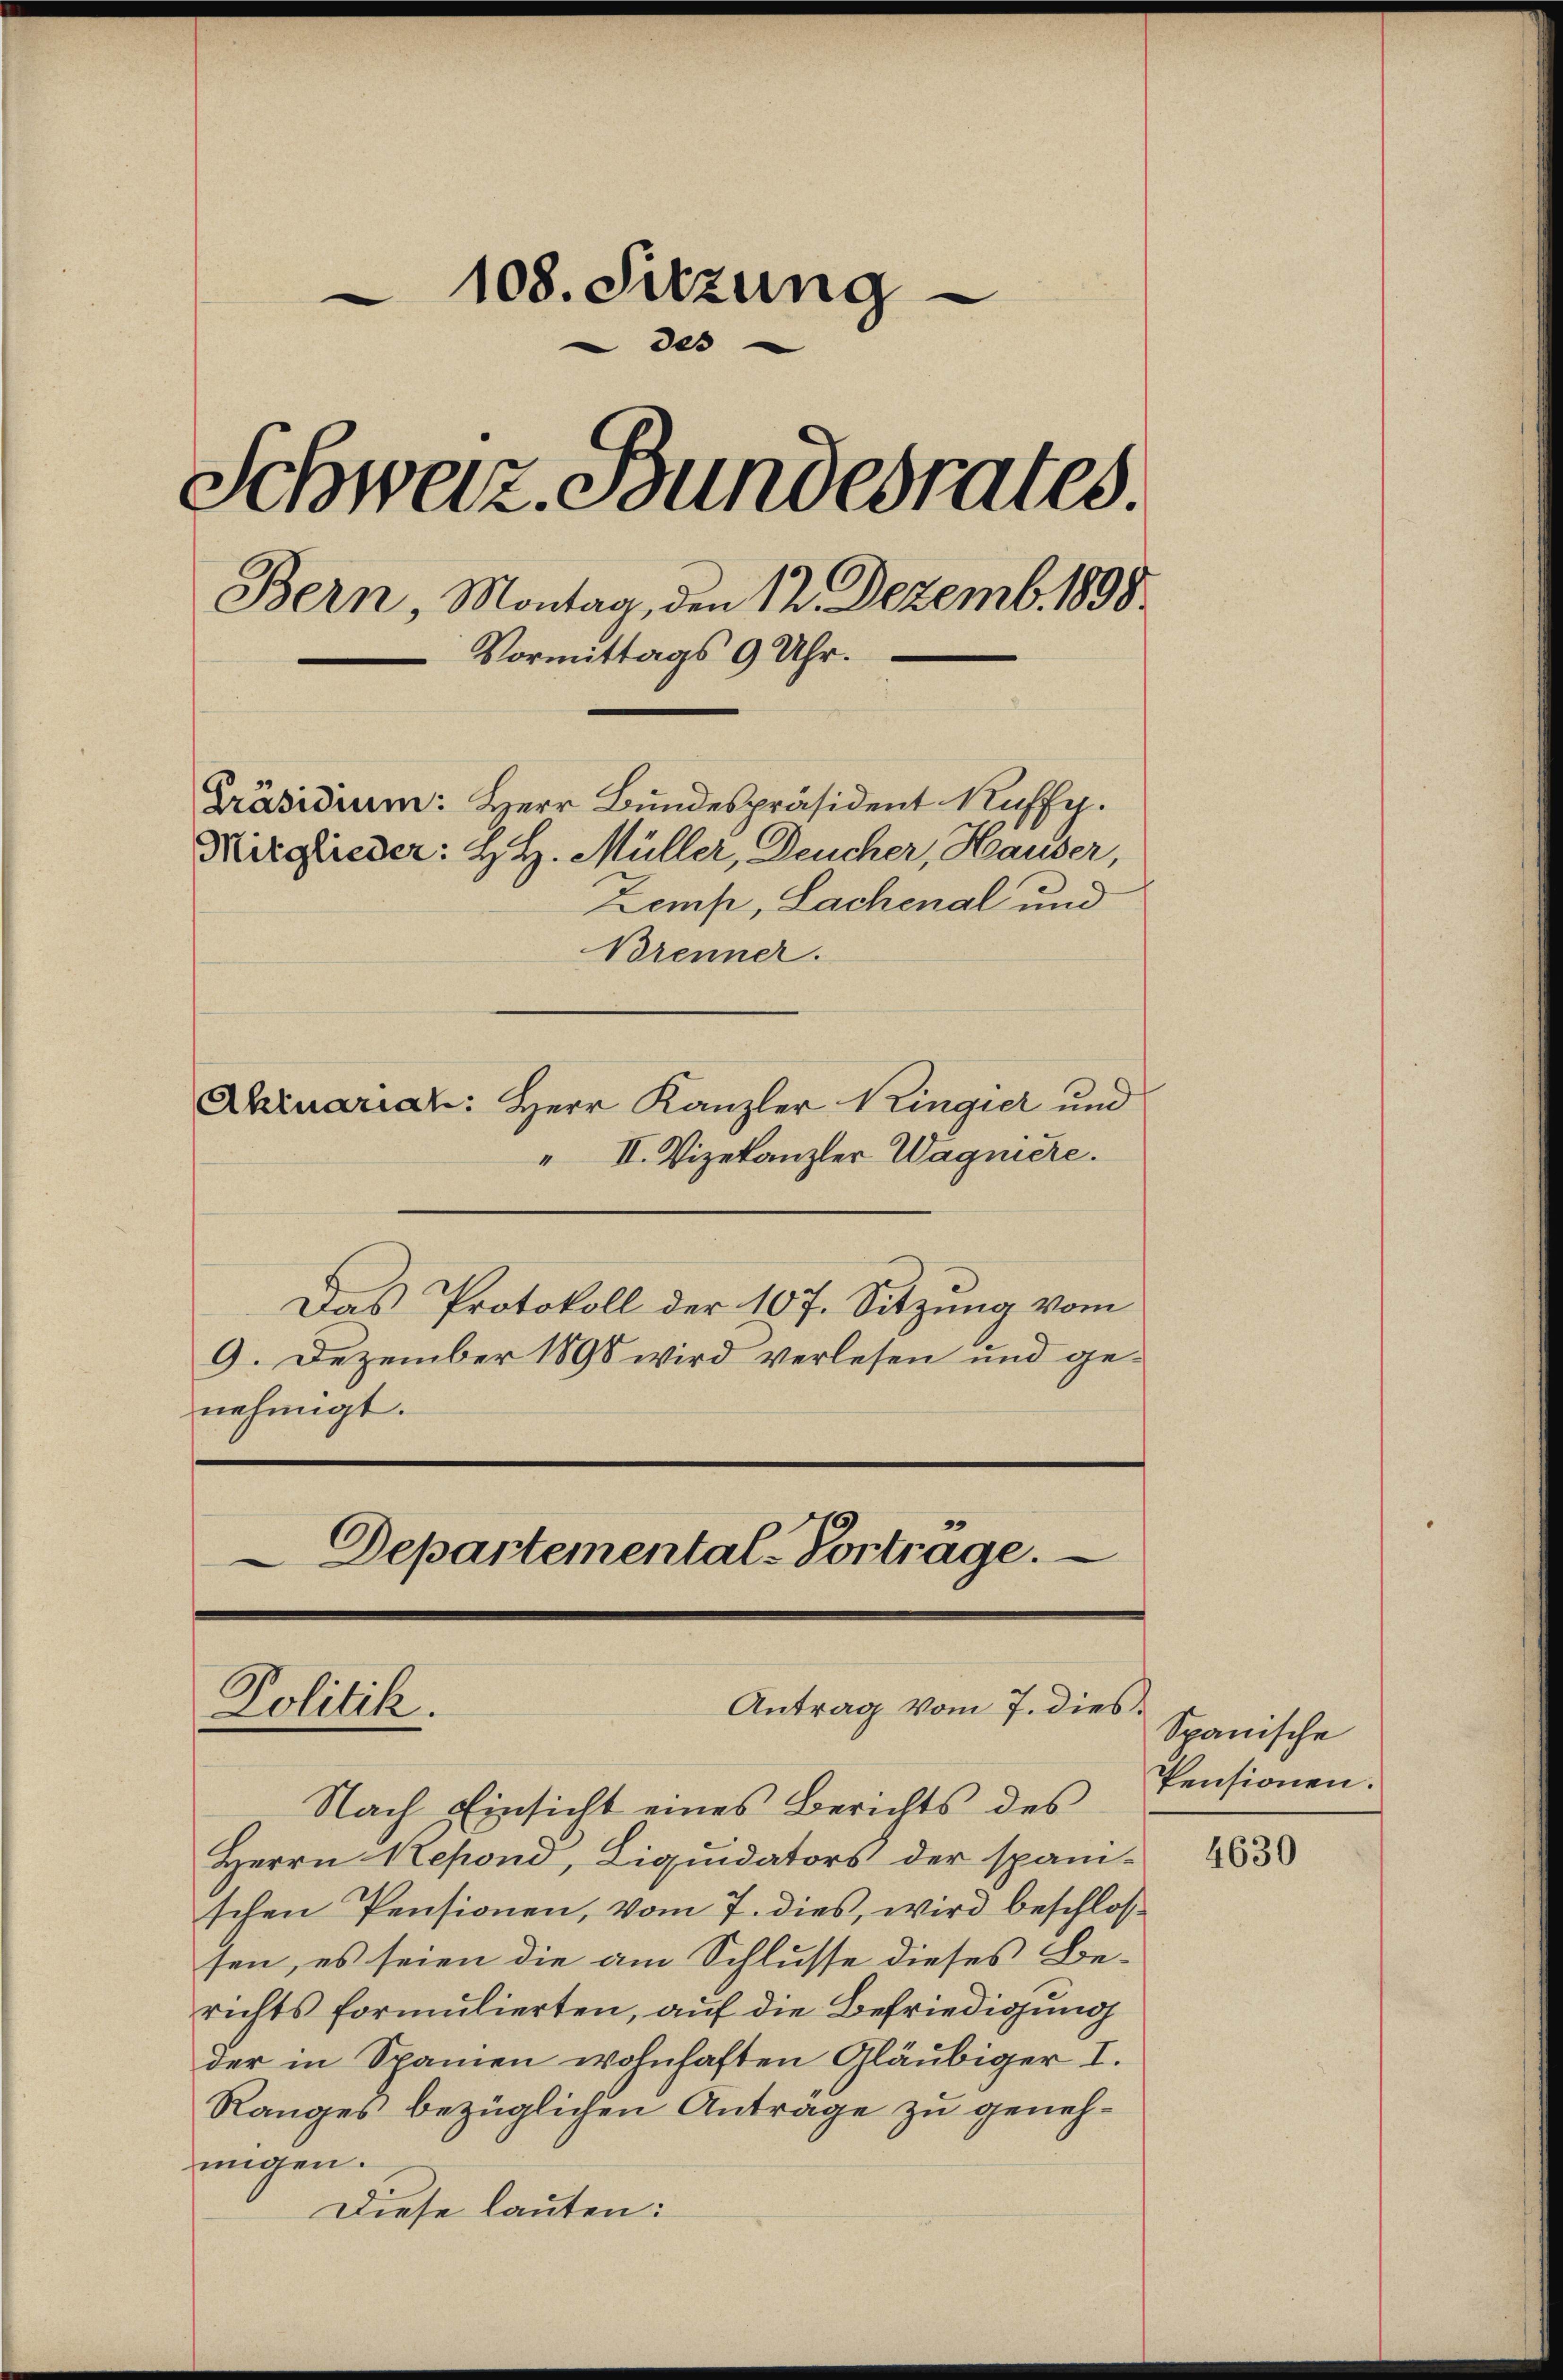
108. Sitzung
des
Schweiz. Bundesrates.
Bern, Montag, den 12. Dezemb. 1898
Vormittags 9 Uhr.
Präsidium: Herr Bundespräsident Ruffy.
Mitglieder: H. H. Müller, Deucher, Hauser,
Zemp, Lachenal und
Brenner.

Abruariat: Herr Kanzler Kingier und
" II. Vizekanzler Wagniere.
Das Protokoll der 107. Sitzung vom
9. Dezember 1898 wird verlesen und ge-
nehmigt.
Departemental-Vortrage.

Nach Einsicht eines Berichts des
Herrn Sepond, Liquidators der spani-
schen Pensionen, vom 7. dies, wird beschlossen, es seien die am Schlusse dieses Be-
richts formulierten, auf die Befriedigung
der in Spanien wohnhaften Gläubiger I.
Ranges bezüglichen Antrage zu genehungen.
Diese lauten:

Antrag vom 7. dies.
Politik.

Spanische
Pensionen.

4630